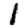
Digit: 1